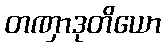
တဏှာဒုတိယော